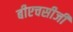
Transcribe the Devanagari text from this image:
बीएचसीजी